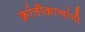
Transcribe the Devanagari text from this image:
क्रांतीकाऱ्यांनी